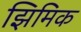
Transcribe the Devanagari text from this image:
झिमिक